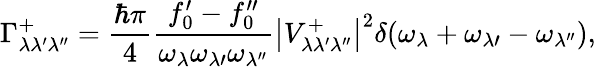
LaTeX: \Gamma_{\lambda\lambda^{\prime}\lambda^{\prime\prime}}^{+}=\frac{\hbar\pi}{4}\frac{f_{0}^{\prime}-f_{0}^{\prime\prime}}{\omega_{\lambda}\omega_{\lambda\prime}\omega_{\lambda^{\prime\prime}}}\left|V_{\lambda\lambda^{\prime}\lambda^{\prime\prime}}^{+}\right|^{2}\delta(\omega_{\lambda}+\omega_{\lambda\prime}-\omega_{\lambda^{\prime\prime}}),